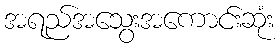
အရည်အသွေးအကောင်းဆုံး